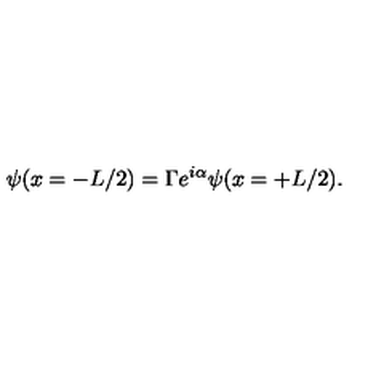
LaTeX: \psi ( x = - L / 2 ) = \Gamma e ^ { i \alpha } \psi ( x = + L / 2 ) .